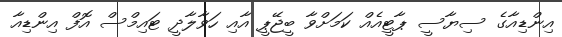
އިންޑިއާގެ ސިޔާސީ ޕާޓީއެއް ކަމަށްވާ ބީޖޭޕީ އާއި ހަވާލާދީ ޓައިމްސް އޮފް އިންޑިއާ